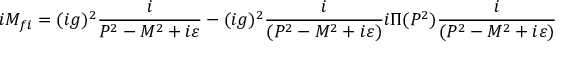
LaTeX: i { \cal M } _ { f i } = ( i g ) ^ { 2 } { \frac { i } { P ^ { 2 } - M ^ { 2 } + i \varepsilon } } - ( i g ) ^ { 2 } { \frac { i } { ( P ^ { 2 } - M ^ { 2 } + i \varepsilon ) } } i \Pi ( P ^ { 2 } ) { \frac { i } { ( P ^ { 2 } - M ^ { 2 } + i \varepsilon ) } }